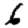
Digit: 6